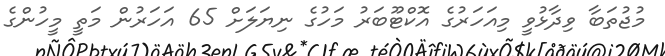
މުޖުތަބާ ވިދާޅުވީ މިއަހަރުގެ އޮކްޓޫބަރު މަހުގެ ނިޔަލަށް 65 އަހަރުން މަތީ މީހުންގެ